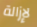
لإزالة